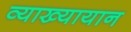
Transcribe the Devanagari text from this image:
व्याख्यायान